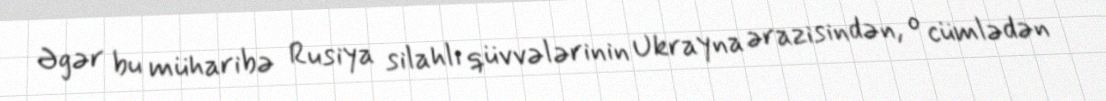
Əgər bu müharibə Rusiya silahlı qüvvələrinin Ukrayna ərazisindən, o cümlədən